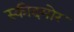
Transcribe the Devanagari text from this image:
स्कीदमोर